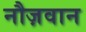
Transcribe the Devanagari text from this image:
नौज़वान